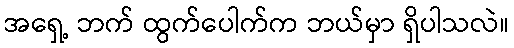
အရှေ့ ဘက် ထွက်ပေါက်က ဘယ်မှာ ရှိပါသလဲ။